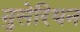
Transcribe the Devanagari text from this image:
नुसेरियन